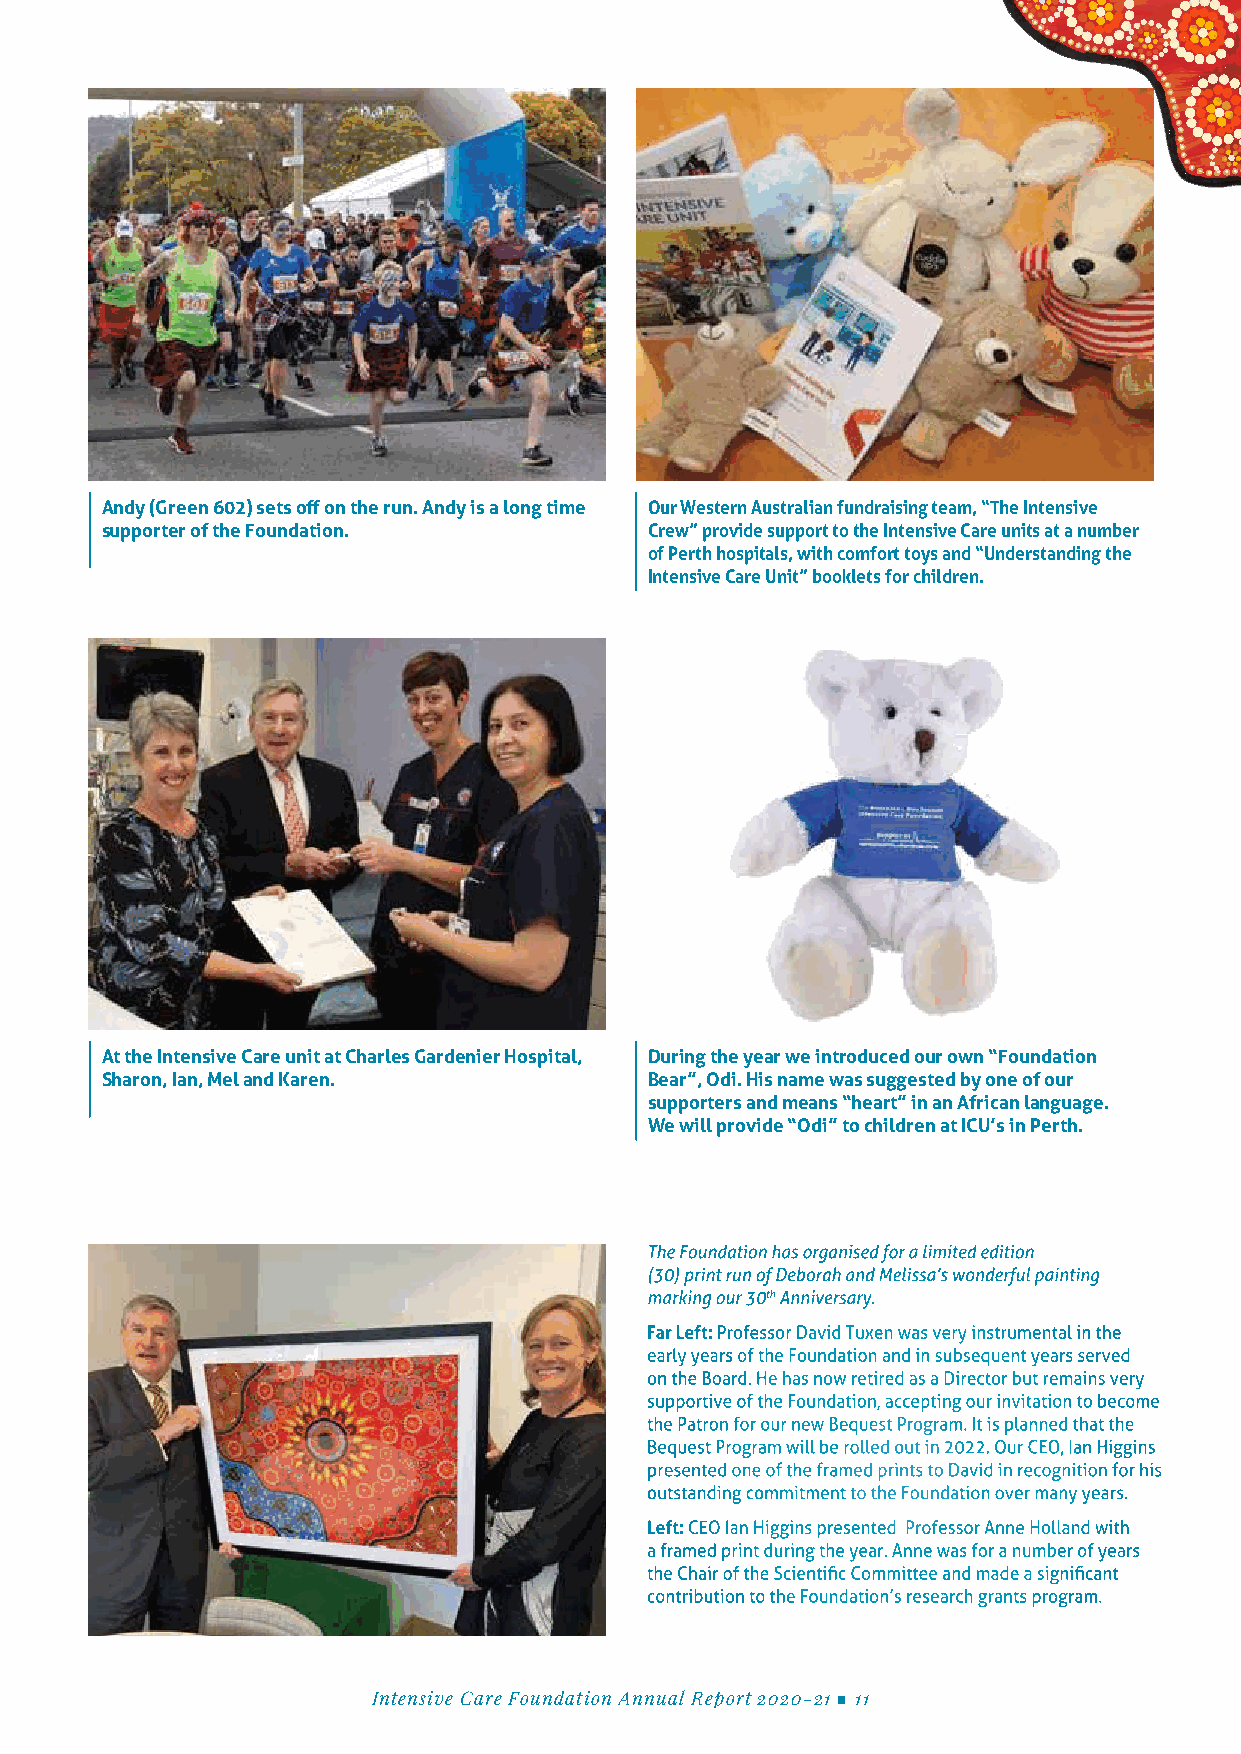
Andy (Green 602) sets off on the run. Andy is a long time Our Western Australian fundraising team, “The Intensive
 supporter of the Foundation.        Crew” provide support to the Intensive Care units at a number
 of Perth hospitals, with comfort toys and “Understanding the
 Intensive Care Unit” booklets for children.
 At the Intensive Care unit at Charles Gardenier Hospital, During the year we introduced our own “Foundation
 Sharon, Ian, Mel and Karen.         Bear”, Odi. His name was suggested by one of our
 supporters and means “heart” in an African language.
 We will provide “Odi” to children at ICU’s in Perth.
 The Foundation has organised for a limited edition
 (30) print run of Deborah and Melissa’s wonderful painting
 marking our 30th Anniversary.
 Far Left: Professor David Tuxen was very instrumental in the
 early years of the Foundation and in subsequent years served
 on the Board. He has now retired as a Director but remains very
 supportive of the Foundation, accepting our invitation to become
 the Patron for our new Bequest Program. It is planned that the
 Bequest Program will be rolled out in 2022. Our CEO, Ian Higgins
 presented one of the framed prints to David in recognition for his
 outstanding commitment to the Foundation over many years.
 Left: CEO Ian Higgins presented Professor Anne Holland with
 a framed print during the year. Anne was for a number of years
 the Chair of the Scientific Committee and made a significant
 contribution to the Foundation’s research grants program.
 Intensive Care Foundation Annual Report 2020-21 ■ 11